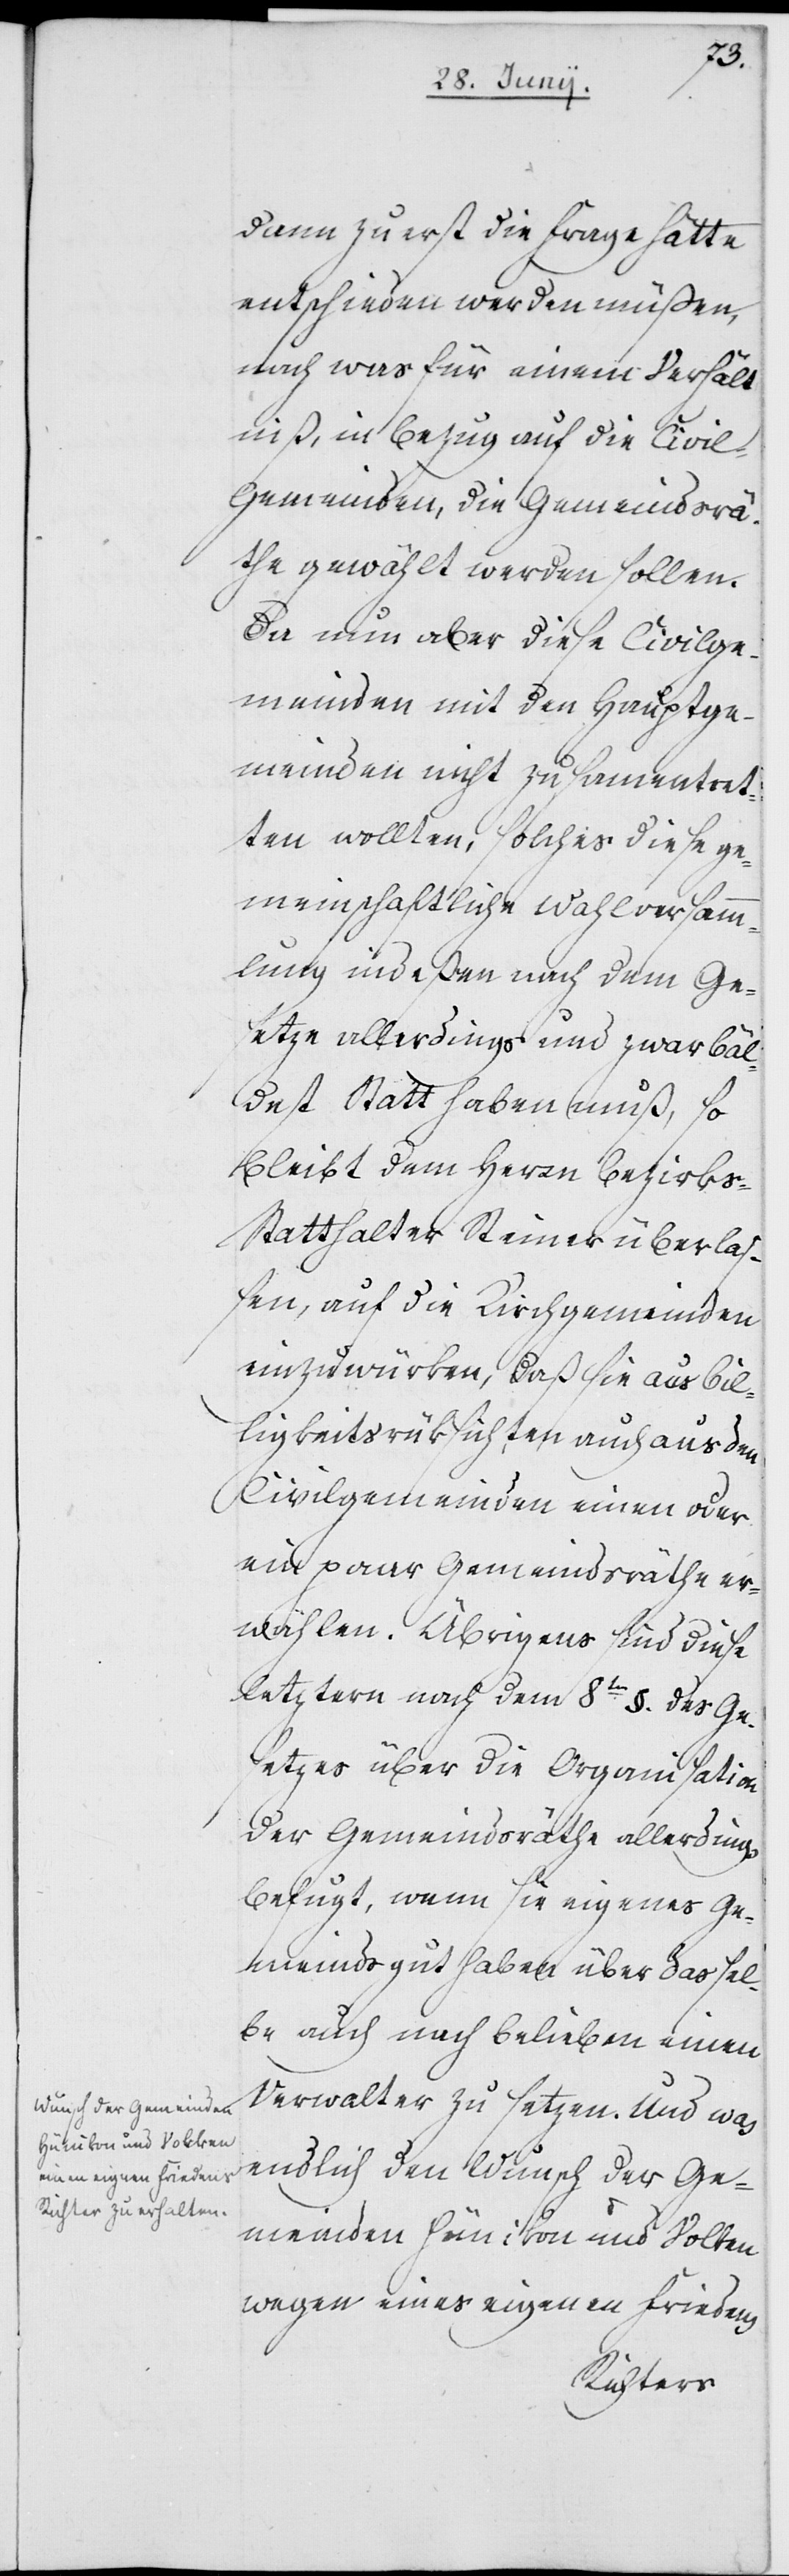
dann zu erst die Frage hätte
entschieden werden müßen,
nach was für einem Verhält¬
niß, in Bezug auf die Civil¬
gemeinden, die Gemeindsrä¬
the gewählt werden sollen.
Da nun aber diese Civilge¬
meinden mit den Hauptge¬
meinden nicht zusamentret¬
ten wollten, solches diese ge¬
meinschaftliche Wahlversamm¬
lung indeßen nach dem Ge¬
setze allerdings und zwar bäl¬
dest Statt haben muß, so
bleibt dem Herrn Bezirk¬
s-Statthalter Steiner überla¬
ßen, auf die Kirchgemeinden
einzuwürken, daß sie aus Bil¬
ligkeitsrüksichten auch aus den
Civilgemeinden einen oder
ein paar Gemeindsräthe er¬
wählen. Übrigens sind diese
letztern nach dem 8ten §. des Ge¬
setzes über die Organisation
der Gemeindsräthe allerdings
befugt, wenn sie eigenes Ge¬
meindsgut haben über das sel¬
be auch nach Belieben einen
Verwalter zu setzen.
endlich den Wunsch der Ge¬
meinden Hünikon und Volken
wegen eines eigenen Friedens-